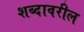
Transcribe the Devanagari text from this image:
शब्दावरील